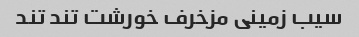
سیب زمینی مزخرف خورشت تند تند